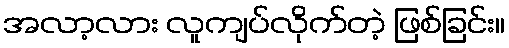
အလာ့လား လူကျပ်လိုက်တဲ့ ဖြစ်ခြင်း။